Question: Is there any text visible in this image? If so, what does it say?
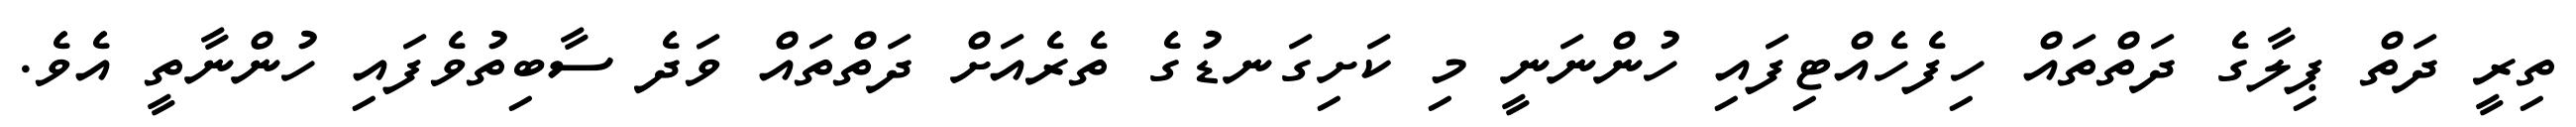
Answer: ތިރީ ދަތް ޕިލާގެ ދަތްތައް ހިފެހެއްޓިފައި ހުންނަނީ މި ކަށިގަނޑުގެ ތެރެއަށް ދަތްތައް ވަދެ ސާބިތުވެފައި ހުންނާތީ އެވެ.